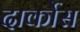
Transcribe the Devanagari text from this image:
दार्कोस